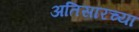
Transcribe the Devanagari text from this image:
अतिसारच्या